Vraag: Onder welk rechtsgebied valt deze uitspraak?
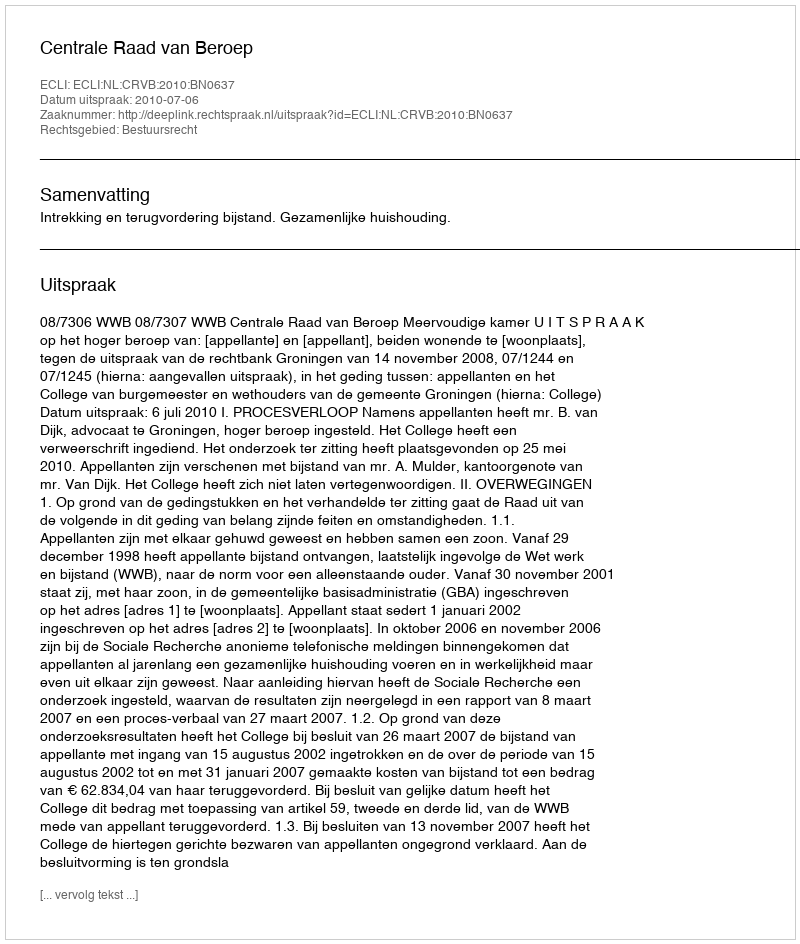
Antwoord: Bestuursrecht